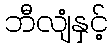
ဘီလျံနှင့်